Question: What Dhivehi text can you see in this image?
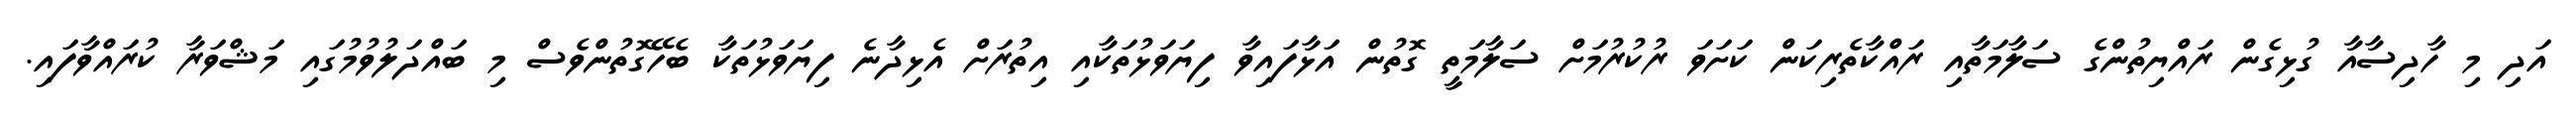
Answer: އަދި މި ހާދިސާއާ ގުޅިގެން ރައްޔިތުންގެ ސަލާމަތާއި ރައްކާތެރިކަން ކަށަވަ ރުކުރުމަށް ސަލާމަތީ ގޮތުން އަޅާފައިވާ ފިޔަވަޅުތަކާއި އިތުރަށް އެޅިދާނެ ފިޔަވަޅުތަކާ ބެހޭގޮތުންވެސް މި ބައްދަލުވުމުގައި މަޝްވަރާ ކުރައްވާފައި.